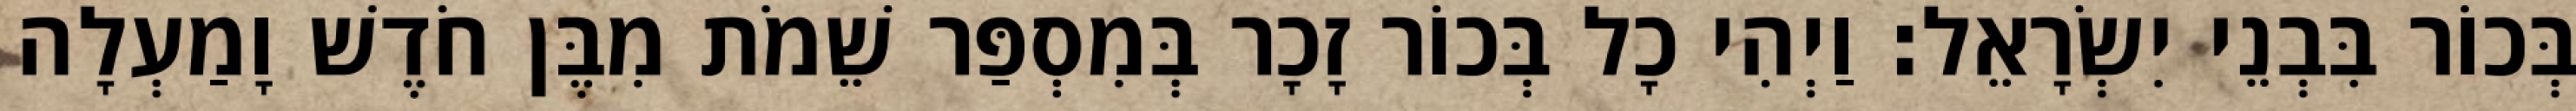
בְּכוֹר בִּבְנֵי יִשְׂרָאֵל׃ וַיְהִי כָל בְּכוֹר זָכָר בְּמִסְפַּר שֵׁמֹת מִבֶּן חֹדֶשׁ וָמַעְלָה